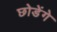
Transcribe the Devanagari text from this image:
छोडेंगे